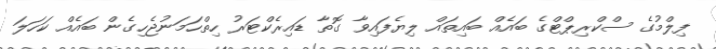
ފިލްމުގެ ސްކްރިޕްޓްގެ ބައެއް ބައިތައް ލިޔެފައިވާ ގޮތާ ޑައިރެކްޓަރު ހިތްހަމަނުޖެހިގެން ބައެއް ކަހަލަ